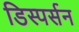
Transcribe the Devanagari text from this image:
डिस्पर्सन